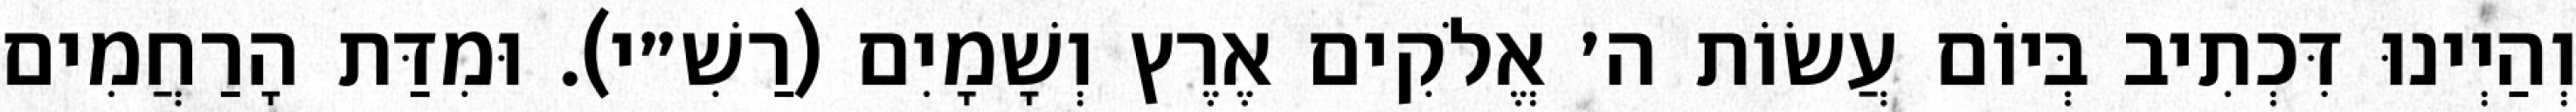
וְהַיְינוּ דִּכְתִיב בְּיוֹם עֲשׂוֹת ה׳ אֱלֹקִים אֶרֶץ וְשָׁמָיִם (רַשִׁ״י). וּמִדַּת הָרַחֲמִים